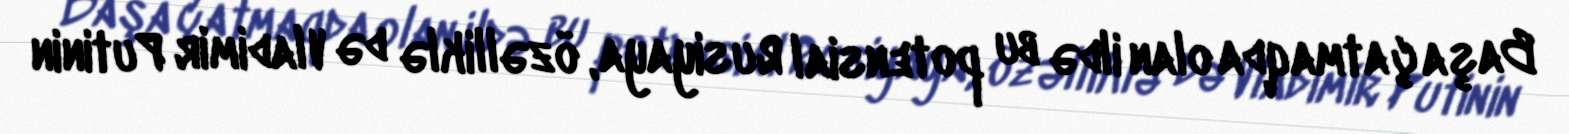
Başa çatmaqda olan ildə bu potensial Rusiyaya, özəlliklə də Vladimir Putinin